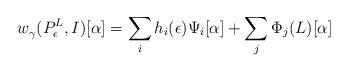
LaTeX: \begin{align*} w^{}_\gamma(P^L_\epsilon, I)[\alpha] = \sum_i h_i(\epsilon)\Psi_i[\alpha] + \sum_j \Phi_j(L)[\alpha]\end{align*}